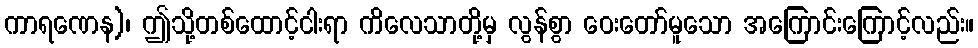
ကာရဏေန)၊ ဤသို့တစ်ထောင့်ငါးရာ ကိလေသာတို့မှ လွန်စွာ ဝေးတော်မူသော အကြောင်းကြောင့်လည်း။